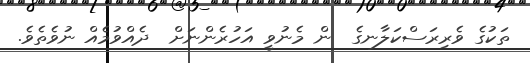
ތަކުގެ ވެރިރަސްކަލާނގެ  ން މެނުވީ އަހުރެންނަށް  ދެއްވުމެއް ނުވެތެވެ.